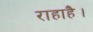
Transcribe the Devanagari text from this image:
राहाहै।